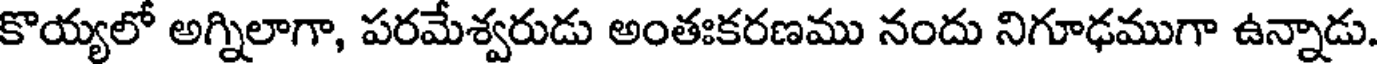
కొయ్యలో అగ్నిలాగా, పరమేశ్వరుడు అంతఃకరణము నందు నిగూఢముగా ఉన్నాడు.